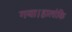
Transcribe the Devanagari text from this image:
गया।हालांकि